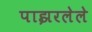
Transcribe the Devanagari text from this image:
पाझरलेले